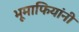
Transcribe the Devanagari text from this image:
भूमाफियांनी